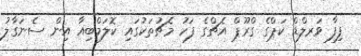
ފިފާ ވަރލްޑް ކަޕްގެ ގްރޫޕް އެޗްގެ ފަހު މެޗުތަކުގައި ކޮލަމްބިއާ އިން ސެނަގާލު